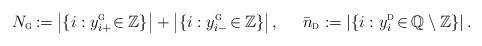
LaTeX: \begin{align*}N_{{\textsc{g}}}\mkern-2mu:\mkern-.1mu=\mkern-1mu \left| \{i : y_{i+}^{\textsc{g}} \mkern-3mu\in\mkern-1mu {\mathbb{Z}} \} \right|+\left| \{i : y_{i-}^{\textsc{g}} \mkern-3mu\in\mkern-1mu {\mathbb{Z}} \} \right|,\;\;\;\;\;\bar{n}_{{\textsc{d}}}:=\left| \{i : y_i^{\textsc{d}} \mkern-3mu\in\mkern-1mu {\mathbb{Q}} \setminus {\mathbb{Z}} \} \right|.\end{align*}